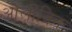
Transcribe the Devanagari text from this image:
ओलीविन